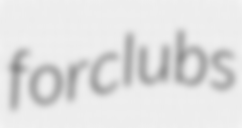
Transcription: for clubs